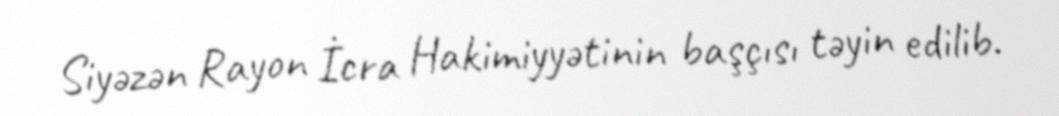
Siyəzən Rayon İcra Hakimiyyətinin başçısı təyin edilib.